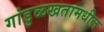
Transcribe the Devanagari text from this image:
गांडुळखतामधील